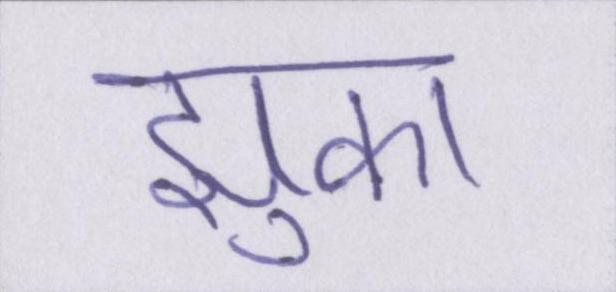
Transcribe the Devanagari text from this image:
झुका